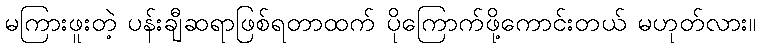
မကြားဖူးတဲ့ ပန်းချီဆရာဖြစ်ရတာထက် ပိုကြောက်ဖို့ကောင်းတယ် မဟုတ်လား။